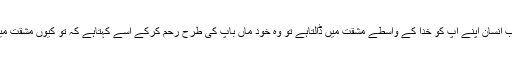
اسی طرح جب انسان اپنے آپ کو خدا کے واسطے مشقّت میں ڈالتاہے تو وہ خود ماں باپ کی طرح رحم کرکے اُسے کہتاہے کہ توُ کیوں مشقّت میں پڑا ہواہے۔